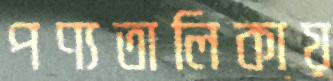
পণ্যতালিকায়